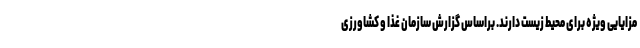
مزایایی ویژه برای محیط زیست دارند. براساس گزارش سازمان غذا و کشاورزی